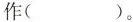
作（ ）。